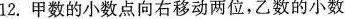
12. 甲数的小数点向右移动两位，乙数的小数